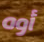
أوه